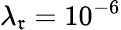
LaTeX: \lambda_{\mathfrak{r}}=10^{-6}